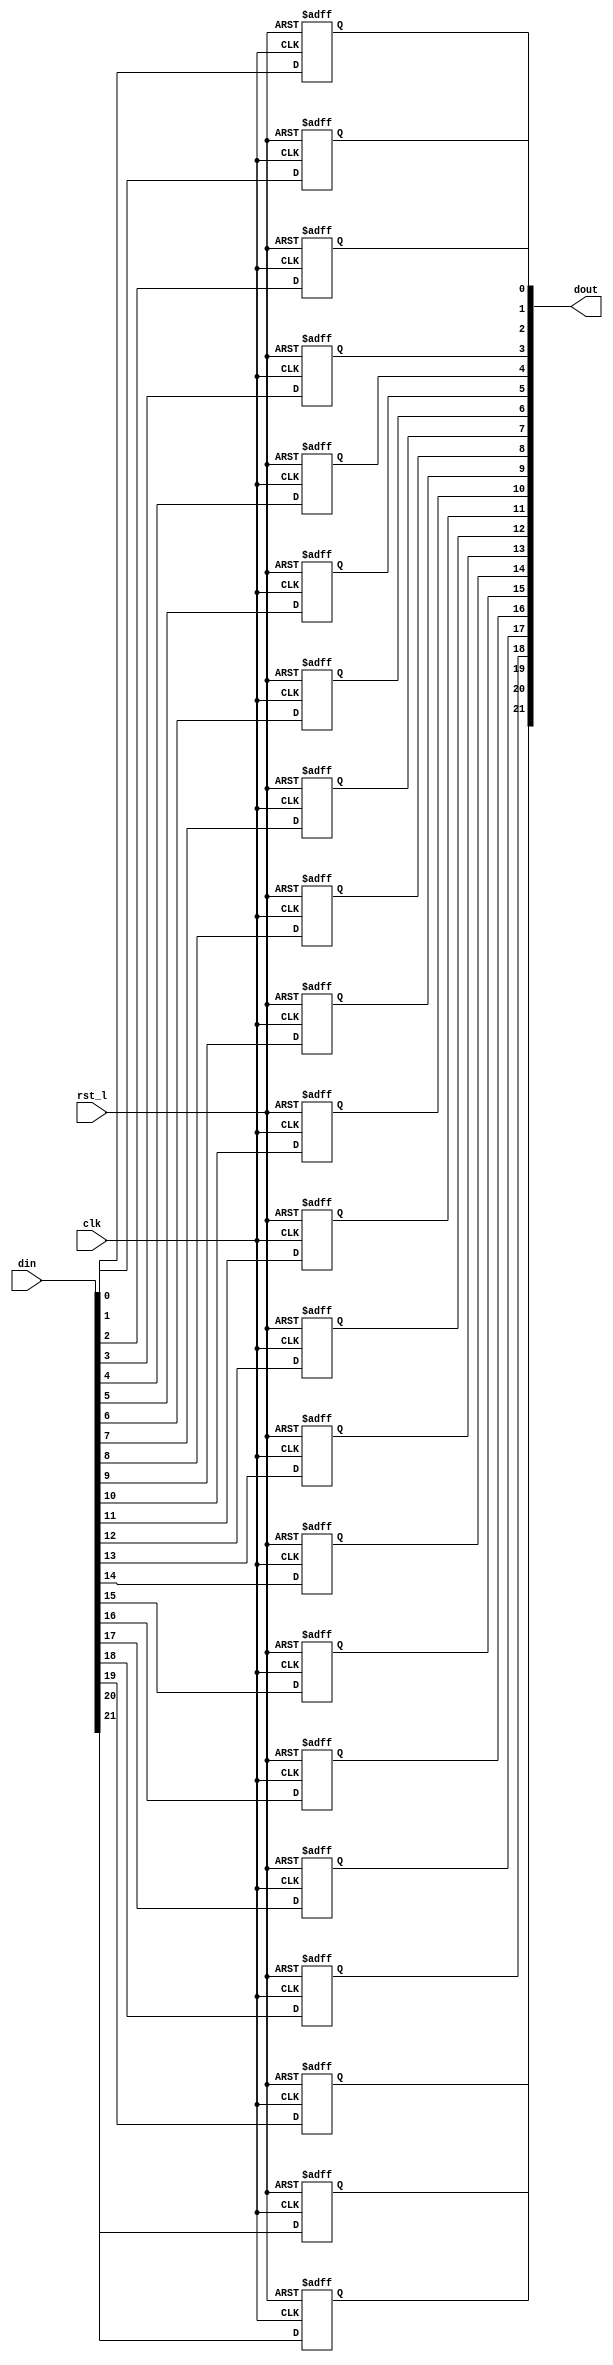
module rvdff_WIDTH22
(
  din,
  clk,
  rst_l,
  dout
);

  input [21:0] din;
  output [21:0] dout;
  input clk;
  input rst_l;
  wire N0;
  reg [21:0] dout;

  always @(posedge clk or posedge N0) begin
    if(N0) begin
      dout[21] <= 1'b0;
    end else if(1'b1) begin
      dout[21] <= din[21];
    end
  end


  always @(posedge clk or posedge N0) begin
    if(N0) begin
      dout[20] <= 1'b0;
    end else if(1'b1) begin
      dout[20] <= din[20];
    end
  end


  always @(posedge clk or posedge N0) begin
    if(N0) begin
      dout[19] <= 1'b0;
    end else if(1'b1) begin
      dout[19] <= din[19];
    end
  end


  always @(posedge clk or posedge N0) begin
    if(N0) begin
      dout[18] <= 1'b0;
    end else if(1'b1) begin
      dout[18] <= din[18];
    end
  end


  always @(posedge clk or posedge N0) begin
    if(N0) begin
      dout[17] <= 1'b0;
    end else if(1'b1) begin
      dout[17] <= din[17];
    end
  end


  always @(posedge clk or posedge N0) begin
    if(N0) begin
      dout[16] <= 1'b0;
    end else if(1'b1) begin
      dout[16] <= din[16];
    end
  end


  always @(posedge clk or posedge N0) begin
    if(N0) begin
      dout[15] <= 1'b0;
    end else if(1'b1) begin
      dout[15] <= din[15];
    end
  end


  always @(posedge clk or posedge N0) begin
    if(N0) begin
      dout[14] <= 1'b0;
    end else if(1'b1) begin
      dout[14] <= din[14];
    end
  end


  always @(posedge clk or posedge N0) begin
    if(N0) begin
      dout[13] <= 1'b0;
    end else if(1'b1) begin
      dout[13] <= din[13];
    end
  end


  always @(posedge clk or posedge N0) begin
    if(N0) begin
      dout[12] <= 1'b0;
    end else if(1'b1) begin
      dout[12] <= din[12];
    end
  end


  always @(posedge clk or posedge N0) begin
    if(N0) begin
      dout[11] <= 1'b0;
    end else if(1'b1) begin
      dout[11] <= din[11];
    end
  end


  always @(posedge clk or posedge N0) begin
    if(N0) begin
      dout[10] <= 1'b0;
    end else if(1'b1) begin
      dout[10] <= din[10];
    end
  end


  always @(posedge clk or posedge N0) begin
    if(N0) begin
      dout[9] <= 1'b0;
    end else if(1'b1) begin
      dout[9] <= din[9];
    end
  end


  always @(posedge clk or posedge N0) begin
    if(N0) begin
      dout[8] <= 1'b0;
    end else if(1'b1) begin
      dout[8] <= din[8];
    end
  end


  always @(posedge clk or posedge N0) begin
    if(N0) begin
      dout[7] <= 1'b0;
    end else if(1'b1) begin
      dout[7] <= din[7];
    end
  end


  always @(posedge clk or posedge N0) begin
    if(N0) begin
      dout[6] <= 1'b0;
    end else if(1'b1) begin
      dout[6] <= din[6];
    end
  end


  always @(posedge clk or posedge N0) begin
    if(N0) begin
      dout[5] <= 1'b0;
    end else if(1'b1) begin
      dout[5] <= din[5];
    end
  end


  always @(posedge clk or posedge N0) begin
    if(N0) begin
      dout[4] <= 1'b0;
    end else if(1'b1) begin
      dout[4] <= din[4];
    end
  end


  always @(posedge clk or posedge N0) begin
    if(N0) begin
      dout[3] <= 1'b0;
    end else if(1'b1) begin
      dout[3] <= din[3];
    end
  end


  always @(posedge clk or posedge N0) begin
    if(N0) begin
      dout[2] <= 1'b0;
    end else if(1'b1) begin
      dout[2] <= din[2];
    end
  end


  always @(posedge clk or posedge N0) begin
    if(N0) begin
      dout[1] <= 1'b0;
    end else if(1'b1) begin
      dout[1] <= din[1];
    end
  end


  always @(posedge clk or posedge N0) begin
    if(N0) begin
      dout[0] <= 1'b0;
    end else if(1'b1) begin
      dout[0] <= din[0];
    end
  end

  assign N0 = ~rst_l;

endmodule